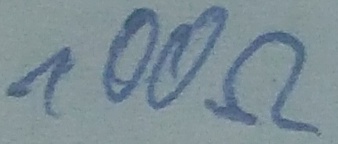
Text: 100Ω